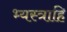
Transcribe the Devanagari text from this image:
भ्यस्त्राहि